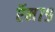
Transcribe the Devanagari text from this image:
ऍम७९